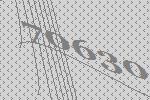
70630